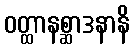
ဝတ္ထာနစ္ဆာဒနာနိ